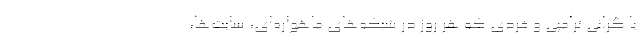
یا گرانی ‌ترامپی و فردی که هر روز در شبکه‌های ماهواره‌ای، سایت‌ها،